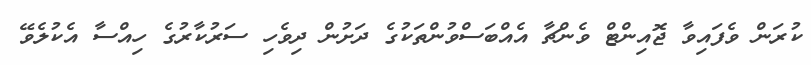
ކުރަން ވެފައިވާ ޖޮއިންޓް ވެންޗާ އެއްބަސްވުންތަކުގެ ދަށުން ދިވެހި ސަރުކާރުގެ ހިއްސާ އެކުލެވޭ